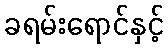
ခရမ်းရောင်နှင့်